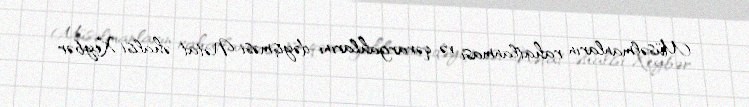
Müsəlmanların rahatlanması və qərargahlarını dəyişməsi Nətat əhalisi Xeybər